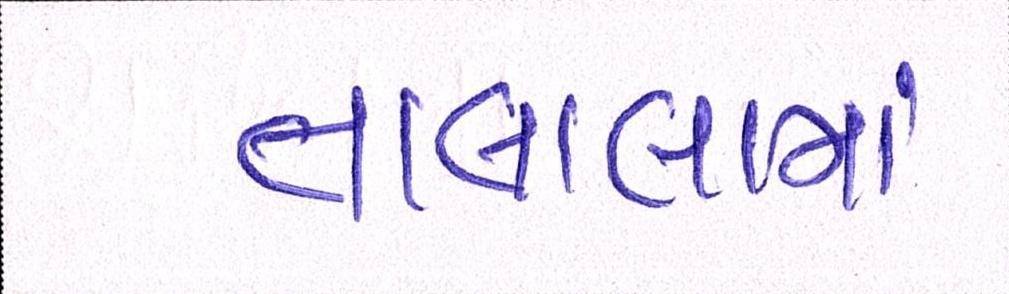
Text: તાલાલામાં